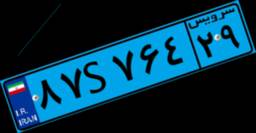
۱۵S۶۴۰۰۶